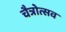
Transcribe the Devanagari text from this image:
चैत्रोत्सव